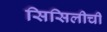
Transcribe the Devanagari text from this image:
सिसिलीची